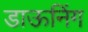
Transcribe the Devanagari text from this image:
डाऊनिंग